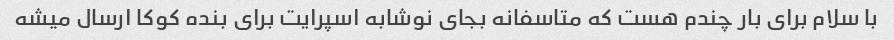
با سلام برای بار چندم هست که متاسفانه بجای نوشابه اسپرایت برای بنده کوکا ارسال میشه